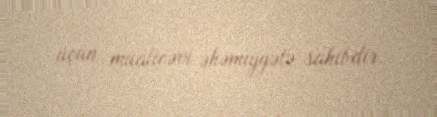
üçün müalicəvi əhəmiyyətə sahibdir.